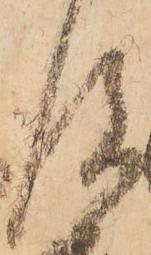
後